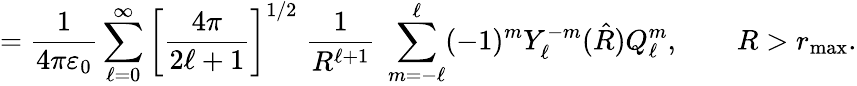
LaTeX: ={\frac{1}{4\pi\varepsilon_{0}}}\sum_{\ell=0}^{\infty}\left[{\frac{4\pi}{2\ell+1}}\right]^{1/2}\; {\frac{1}{R^{\ell+1}}}\; \sum_{m=-\ell}^{\ell}(-1)^{m}Y_{\ell}^{-m}({\hat{R}})Q_{\ell}^{m},\qquad R>r_{\mathrm{max}}.